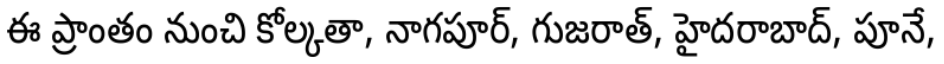
ఈ ప్రాంతం నుంచి కోల్కతా, నాగపూర్, గుజరాత్, హైదరాబాద్, పూనే,